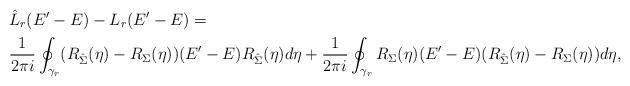
LaTeX: \begin{align*}&\hat L_r(E'-E)-L_r(E'-E)=\\&\frac{1}{2\pi i} \oint_{\gamma_r}(R_{\hat \Sigma}(\eta)-R_{\Sigma}(\eta))(E'-E)R_{\hat \Sigma}(\eta)d\eta+\frac{1}{2\pi i} \oint_{\gamma_r}R_{\Sigma}(\eta)(E'-E)(R_{\hat \Sigma}(\eta)-R_{\Sigma}(\eta))d\eta,\end{align*}